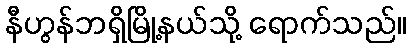
နီဟွန်ဘရှိမြို့နယ်သို့ ရောက်သည်။